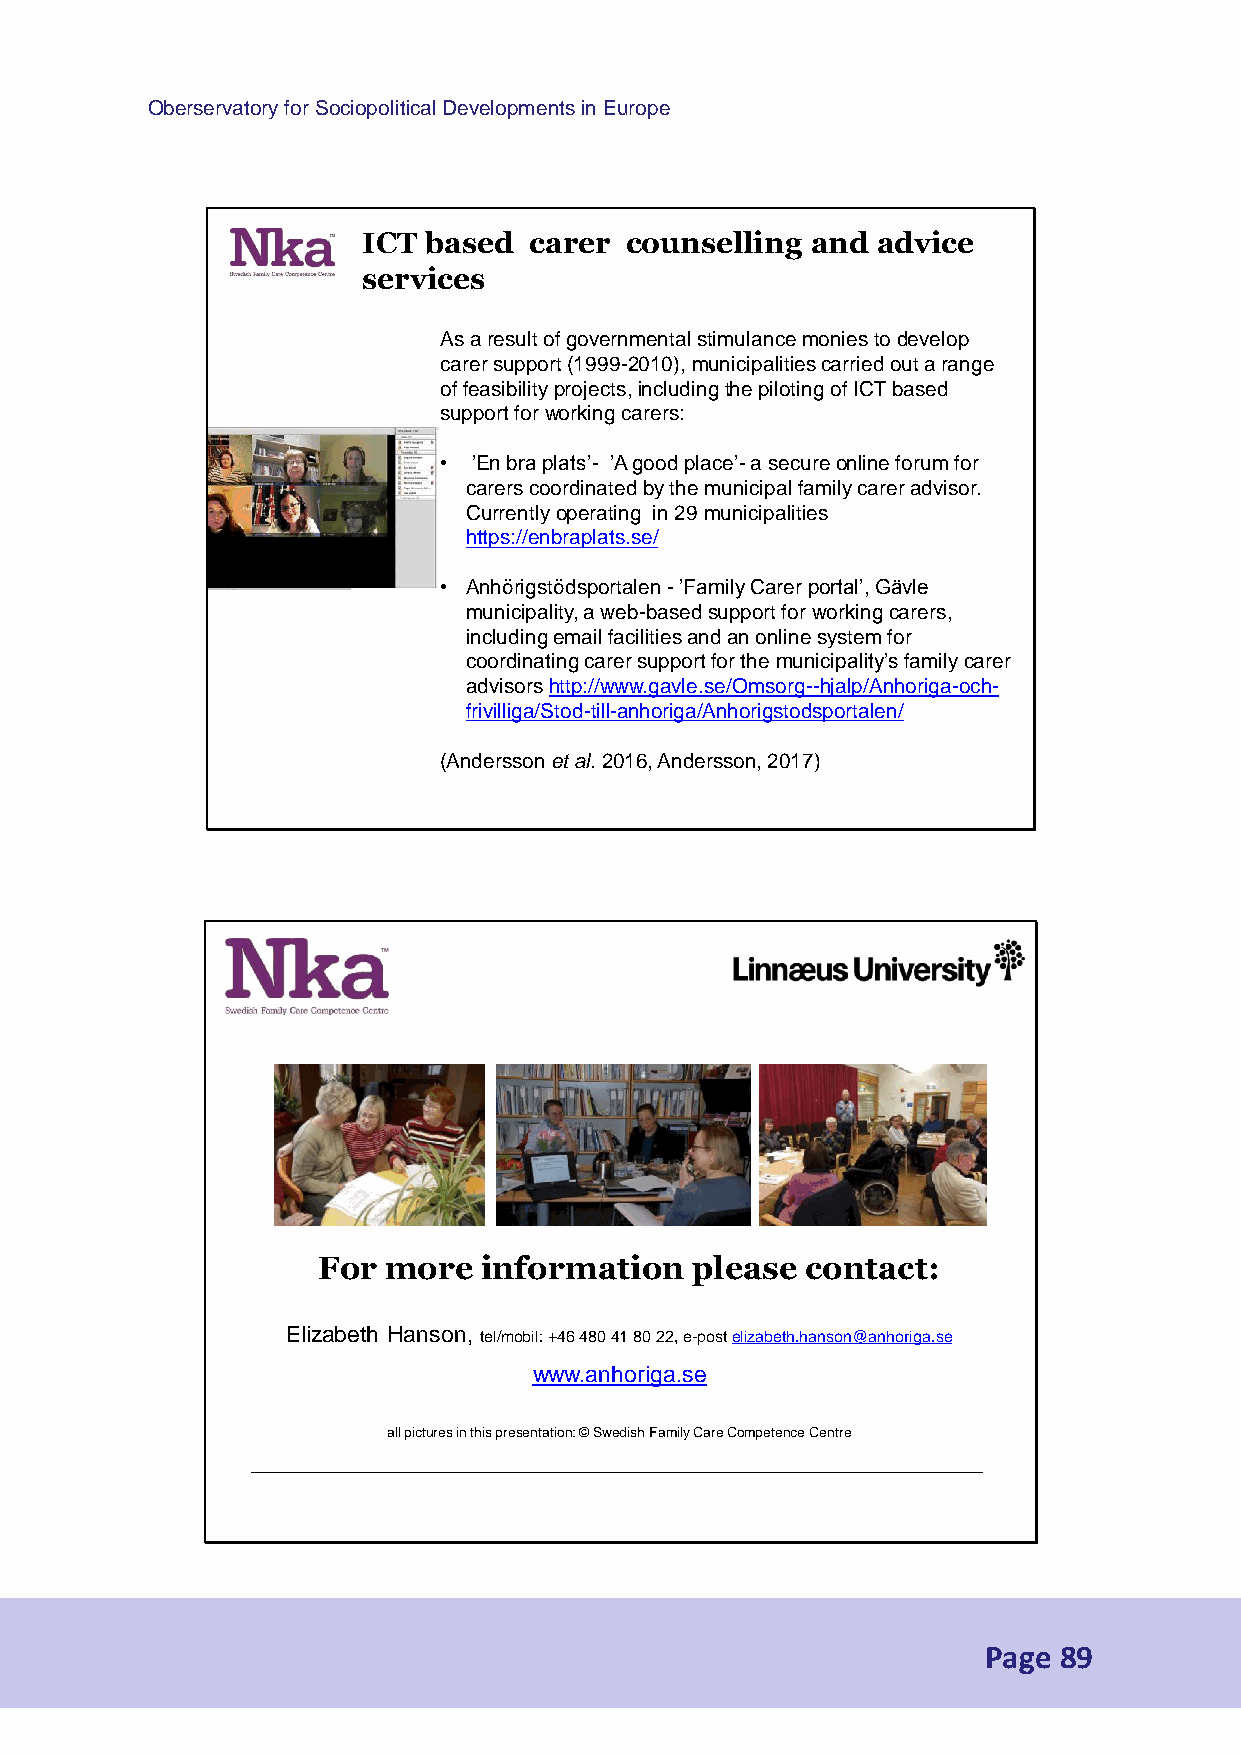
Oberservatory for Sociopolitical Developments in Europe
 ICT based  carer counselling  and advice
 services
 As a resultofgovernmentalstimulancemoniesto develop
 carersupport (1999-2010), municipalitiescarriedouta range
 offeasibilityprojects, includingthe piloting ofICT based
 support for workingcarers:
 • ’En bra plats’- ’A goodplace’-a secureonline forum for
 carerscoordinatedby the municipal familycareradvisor.
 Currentlyoperating in 29 municipalities
 https://enbraplats.se/
 • Anhörigstödsportalen -’Family Carerportal’, Gävle
 municipality, a web-basedsupport for workingcarers,
 includingemail facilitiesand an online system for
 coordinatingcarersupport for the municipality’sfamilycarer
 advisorshttp://www.gavle.se/Omsorg--hjalp/Anhoriga-och-
 frivilliga/Stod-till-anhoriga/Anhorigstodsportalen/
 (Andersson et al. 2016, Andersson, 2017)
 For more   information   please contact:
 Elizabeth Hanson, tel/mobil: +46 480 41 80 22, e-post elizabeth.hanson@anhoriga.se
 www.anhoriga.se
 all pictures in this presentation: © Swedish Family Care Competence Centre
 Page 89